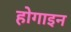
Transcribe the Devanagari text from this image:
होगाइन